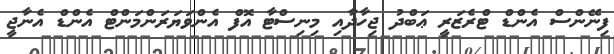
ފިނޭންސް އެންޑް ޓްރެޒަރީ ޢަބްދު ޖިހާދާއި މިނިސްޓާ އޮފް އެންވަޔަރަންމަންޓް އެންޑް އެނާޖީ